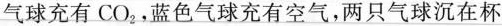
气球充有CO_{2}，蓝色气球充有空气，两只气球沉在杯